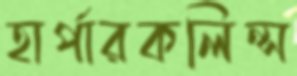
হার্পারকলিন্স